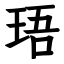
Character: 珸